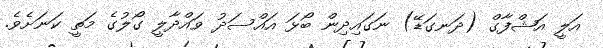
އަލީ އަޝްފާގް (ދަނގަޑޭ) ނަގައިދިން ބޯޅަ އައްސަދު ވައްދާލީ ގޯލުގެ މަތީ ކަނަށެވެ.